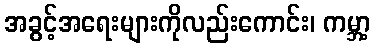
အခွင့်အရေးများကိုလည်းကောင်း၊ ကမ္ဘာ့